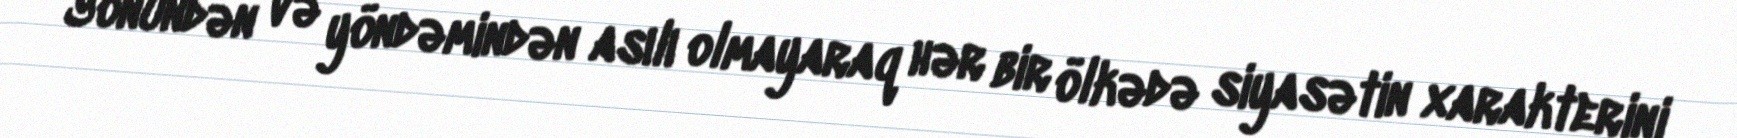
Yönündən və yöndəmindən asılı olmayaraq hər bir ölkədə siyasətin xarakterini